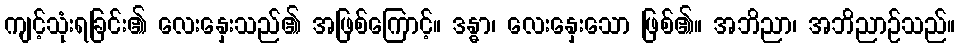
ကျင့်သုံးရခြင်း၏ လေးနှေးသည်၏ အဖြစ်ကြောင့်။ ဒန္ဓာ၊ လေးနှေးသော ဖြစ်၏။ အဘိညာ၊ အဘိညာဉ်သည်။